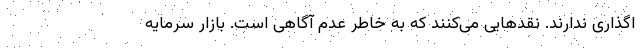
اگذاری ندارند. نقدهایی می‌کنند که به خاطر عدم آگاهی است. بازار سرمایه